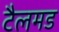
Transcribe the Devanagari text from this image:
टैलमड